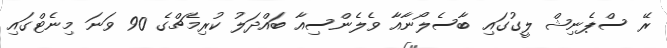
ރޭ ސްޕެނިޝް ލީގުގައި ބާސެލޯނާއާ ވެލެންސިއާ ބައްދަލު ކުރިމެޗްގެ 90 ވަނަ މިނެޓްގައި